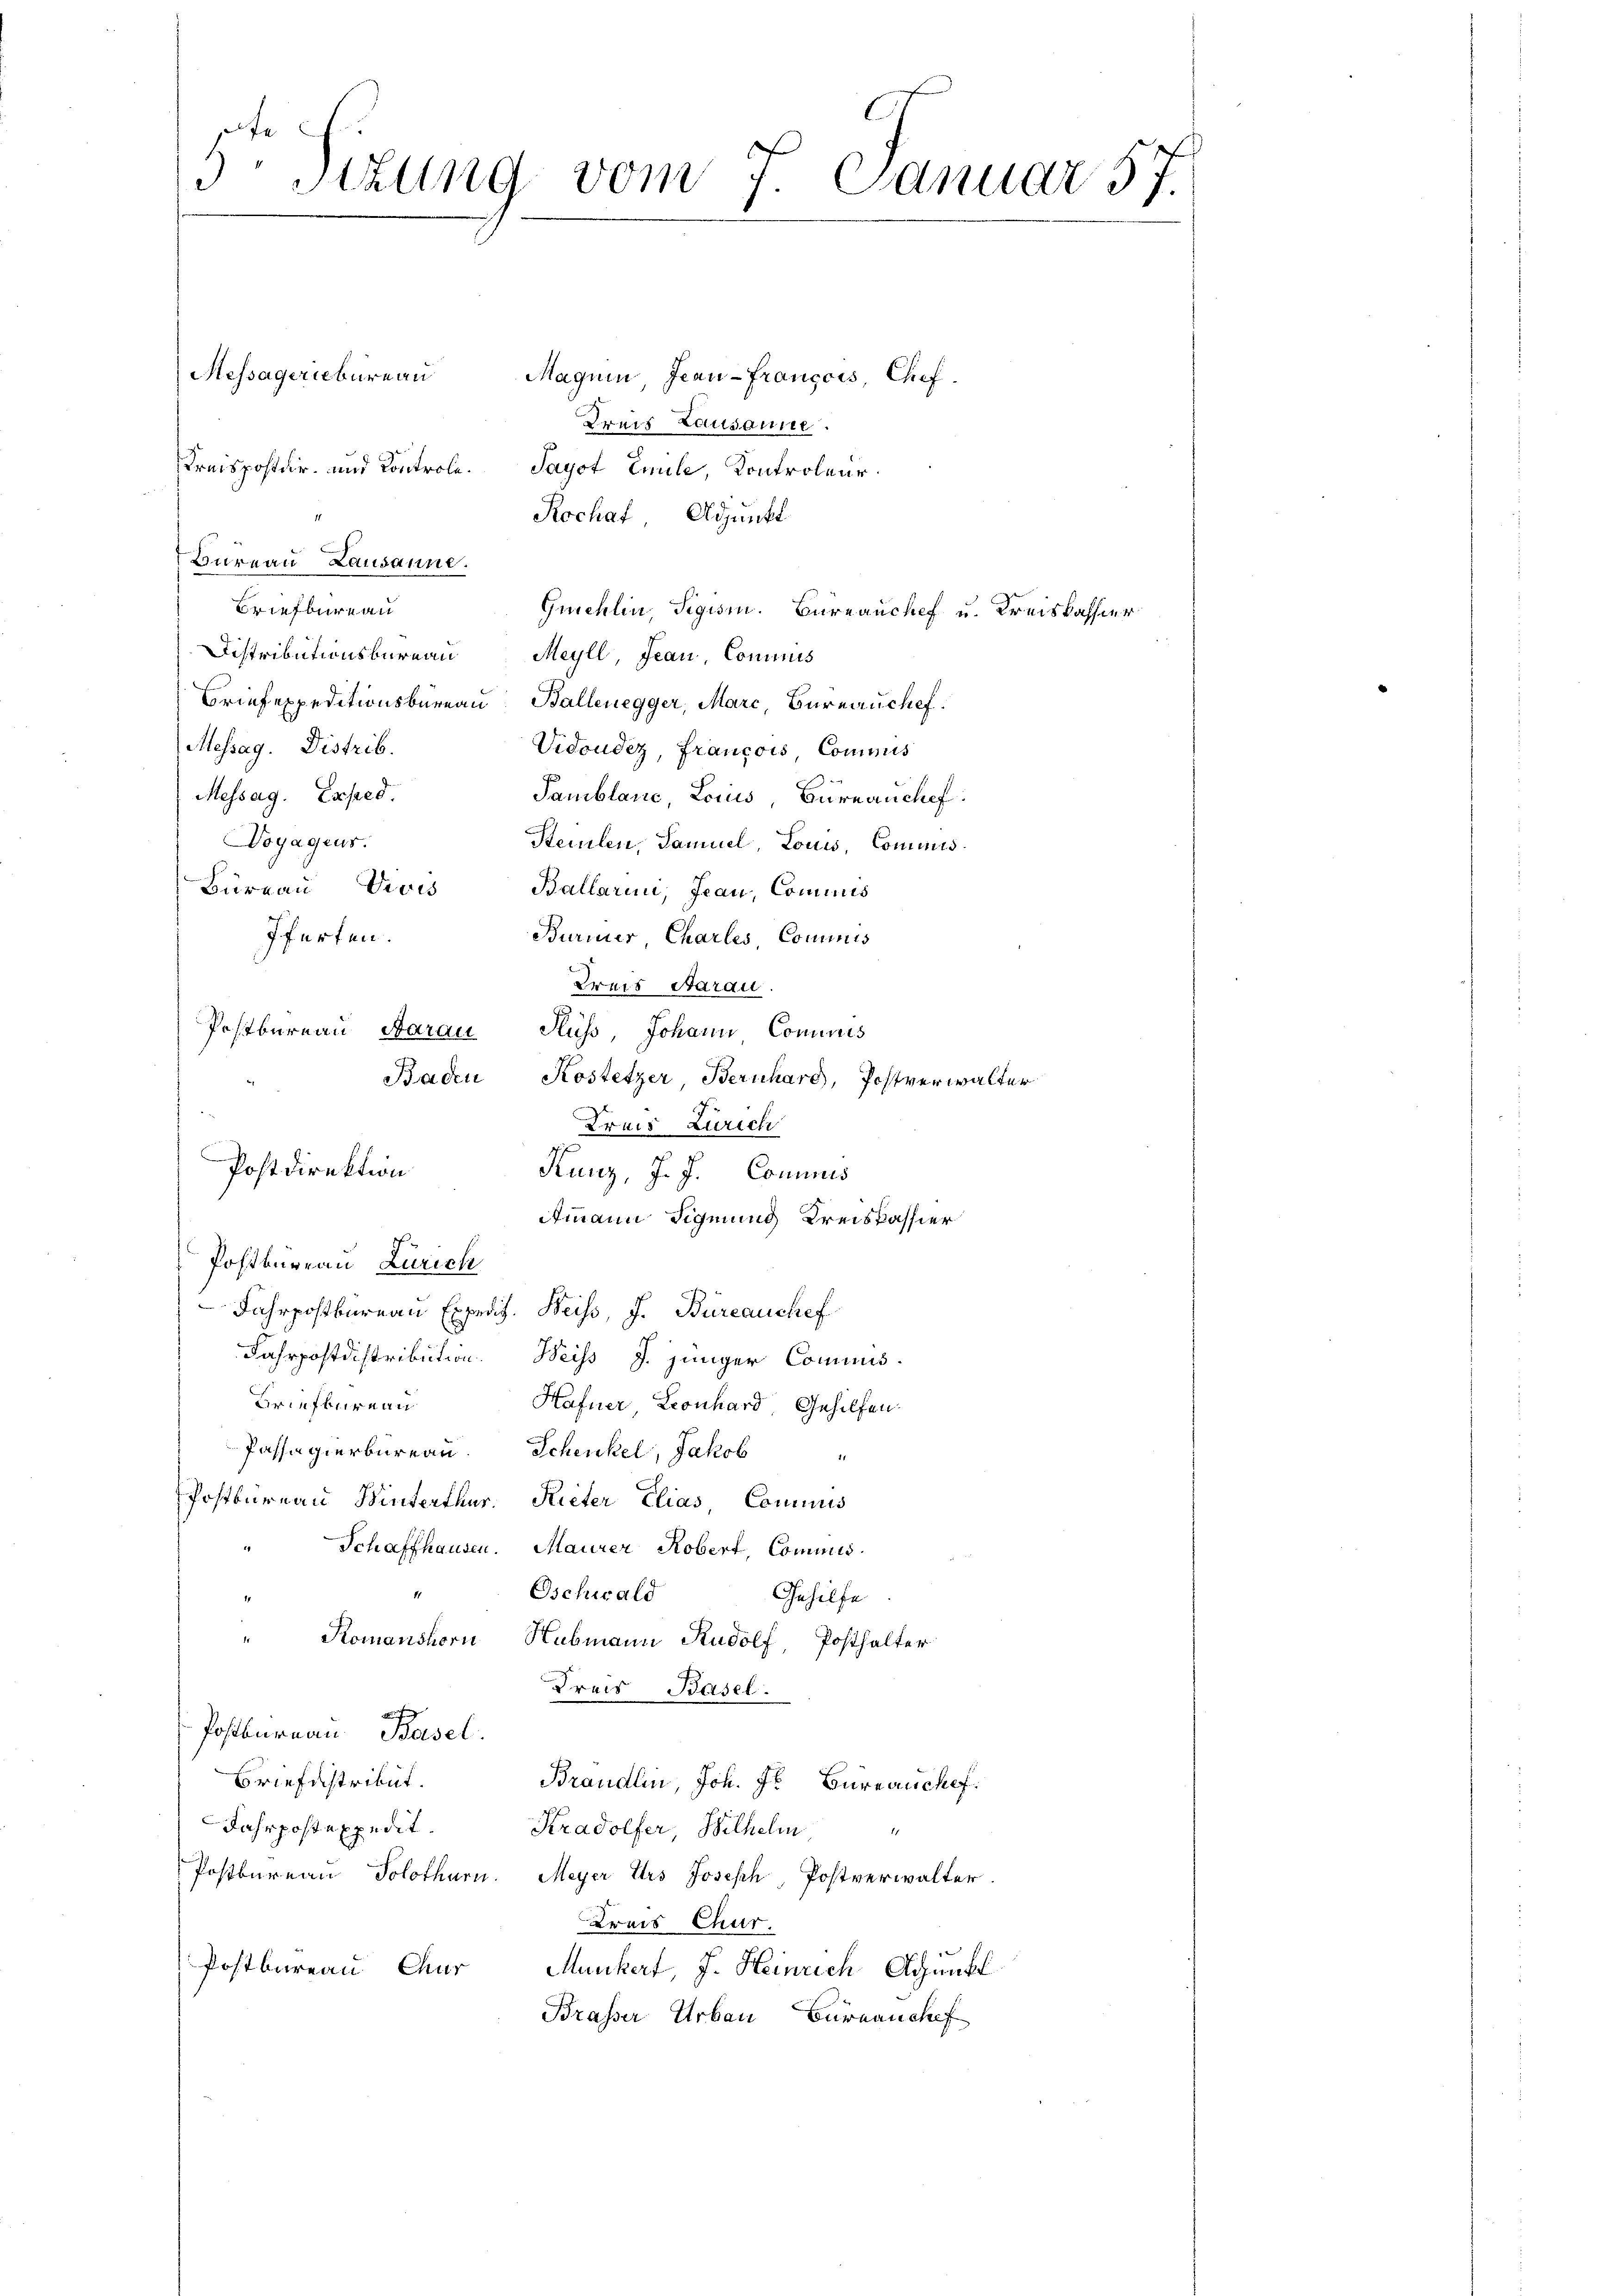
5 Sizung vom 7. Januar 57.

Messägeriebureau
Maguin, Jean-Français, Chef.
Kreis Lausanne.
Kreisposter, und Kontrole. Sayst Emile, Kontroleur
Rochaf Adjunkt
Bureau Lausanne.
Briefbureau
Guchlin, Sigism. Bureauchef u. Kreiskassier
Distributionsbüreau Meyll, Jean Commis
Briefexpeditionsbüreau, Ballenegger, Marc, Bureauchef.
Messag. Distrib.
Vidoudez, Francois Commis
Messag. Exped.
Pamblanc, Loius Büreauchef
Voyageus.
Steinlen, Samuel, Louis, Commis
Büreaŭ Vivis Ballarini, Jeau, Commis
fferten.
Buriner Charles, Comunis
Kreis darau
Postbernau, Aarau Fluss, Johann Cominis
Baden Kostetzer Bernhard, Postverwalter
Krais Zürich
Kunz, J. J. Conniris
Atmann Signung Kreiskassier
Postbureau Zürich
Fahrpostbureau Expedit. Beiss, J. Büreaushef
Fahrpostdistribution. Weiss J. jünger Commis¬
Briefbureau
Hafner, Leonhard, Gehilfen.
Passagierbüreau. Schenkel, Jakob
Postbureau Winterthur. Rieter Elias, Commis
Schaffhausen. Maurer Robert, Commis
Oschwald
Gehilfe
11
Komanshorn Hubmann Rudolf Posthalter
Kreis Basel.
Postbureau. Basel.
Briefestribut.
Brandlin, Joh. Jr. Bureauchef.
Jahrposteppedit.
Kradolfer, Wilhelm
Postbureau Solothurn. Meyer Urs Joseph, Postverwalter
Kreis Chur.
Postbureau Chur Munkert, J. Heinrich Adunkl
Brasser Erbau Bureauchef

Postdirektion